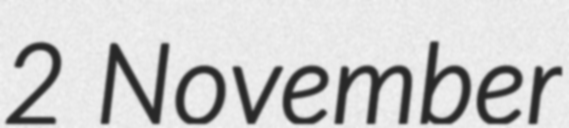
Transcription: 2 November